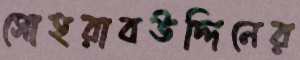
সোহরাবউদ্দিনের